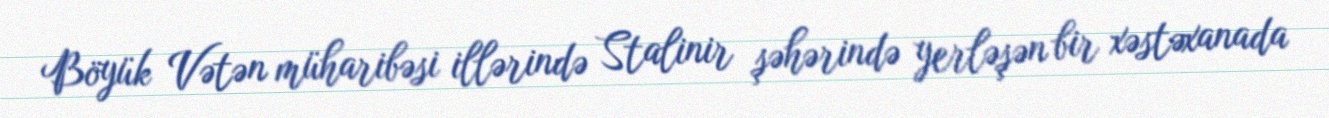
Böyük Vətən müharibəsi illərində Stalinir şəhərində yerləşən bir xəstəxanada